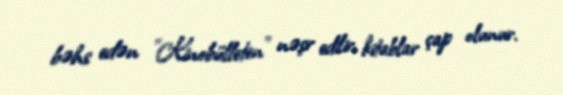
bəhs edən "Kinobülleten" nəşr edilir, kitablar çap olunur.